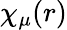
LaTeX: \chi_{\mu}(r)